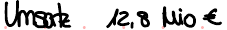
Umsatz 12,8 Mio€